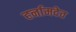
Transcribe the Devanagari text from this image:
हर्नामदेव